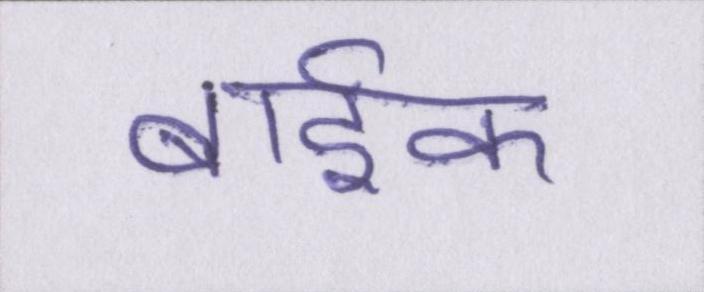
बार्इक